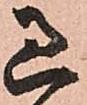
過